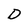
Character: D